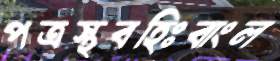
পত্রস্থবহিঃবাংল